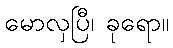
မောလှပြီ၊ ခုရော။